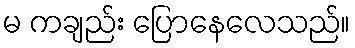
မ ကချည်း ပြောနေလေသည်။